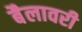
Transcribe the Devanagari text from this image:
बैलावरी